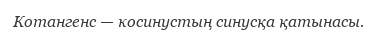
Котангенс — косинустың синусқа қатынасы.